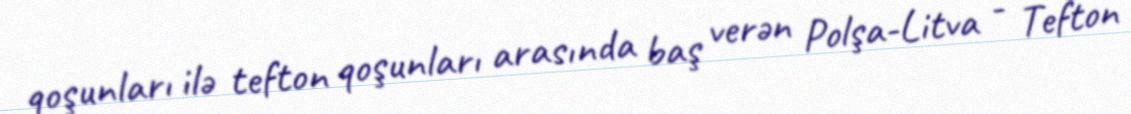
qoşunları ilə tefton qoşunları arasında baş verən Polşa-Litva - Tefton